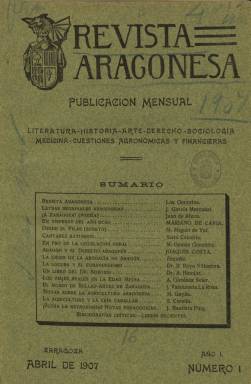
Título: Revista aragonesa
Colección: Revistas de información general || Cultura
Ámbito geográfico: Zaragoza
Lugar de publicación: Zaragoza
Fechas: 01/04/1907-31/05/1908

“Literatura, historia, arte, derecho, sociología, medicina, cuestiones agrarias y financieras” son las indicaciones de los contenidos en la cabecera de esta “publicación mensual”, aunque editará entregas extraordinarias, fundada y dirigida por el periodista y polígrafo zaragozano José García Mercadal (1883-1976), que sacará su primer número en abril de 1907 y en cuyas páginas colaborarán “lo más destacado de la intelectualidad zaragozana” de la época, y contará “con el concurso de los escritores más ilustres de España”. Aspiró a ser el “instrumento divulgador de la vida y cultura regional”, y publicará “con absoluta independencia de criterio, todas cuantas iniciativas, estudios y cuestiones se relacionen con los intereses de Aragón”, según se anunció en sus propias páginas.

Aunque también se ha señalado que el principal objetivo de sus artífices fue preparar un clima favorable a la Exposición Hispano-Francesa que se iba a celebrar en la capital aragonesa, considerada como la empresa comercial más importante de la burguesía zaragozana de los primeros años del siglo veinte, tal como recoge Antonio Peiro (1990). Y, efectivamente, tras publicar una entrega extraordinaria (números 4-7), correspondiente a los meses de julio-octubre de 1907, dedicada al I Centenario de los Sitios de Zaragoza, editará otra especial (números 16-21), correspondiente de julio a diciembre de 1908, dedicada íntegramente a la citada exposición, entrega esta que falta en la colección de la Biblioteca Nacional de España (BNE).

La revista tiene un formato en 4º, con un mínimo de 48 páginas cada entrega, compuestas a una columna, estampadas en la Tipografía de Emilio Casañal y apareciendo en los primeros días de cada mes. Su colección la forman dos tomos, cada uno con foliación seguida y con índices, al final. El primero recoge los nueve primeros números, publicados desde abril a diciembre de 1907, faltando también el noveno en la colección de la BNE. Y el segundo, las entregas de 1908, siendo dobles las de enero-febrero (números 10-11) y abril-mayo (números 13-14).

A partir del extraordinario de julio-octubre de 1907 empezará a insertar también ilustraciones: láminas y grabados intercalados en el texto. Entre las primeras, vistas de monumentos y espacios arqueológicos, así como proyectos de obras y edificios monumentales de ámbito cultural, pedagógico, comercial y universitario, como los destinados a la citada exposición Hispano-Francesa; y entre los segundos, algunos retratos, como el de M. Benllure o A. Querol, así como la planta general del Ensanche de la Huerta de Santa Engracia y el plano general de la ya dicha exposición.

Cuidó mucho sus colaboraciones, y ya en la primera entrega resaltan las colaboraciones de Mariano de Cavia y Joaquín Costa. Su comité de Redacción y las correspondientes secciones a su cargo estaba integrado por el propio García Mercadal (literatura), los profesores universitarios A. Giménez Soler (historia) y Juan Gascón y Marín (ciencias sociales); los doctores R. Royo Villanova (medicina e higiene) y J. Bautista Puig (pedagogía), el ingeniero agrónomo Manuel Gayán (cuestiones agronómicas), el periodista J. Valenzuela La Rosa (arte), el diputado Santiago Corella e Ignacio Bosqued (cuestiones económico-industriales) y Mariano Gómez González (ciencias jurídicas).

El cuadro de colaboradores que publica supera el medio centenar, aglutinando en torno a la revista a “gente vieja y jóvenes”. Entre ellos aparecen miembros de la “plana mayor” del Ateneo de Zaragoza, como Joaquín Gimeno Riera, Eduardo Ibarra Rodríguez, Marcelino Isábal, Juan Moneva y Puyol, Félix Navarro, Rafael Pamplona Escudero o Basilio Paraíso; pero también A. Altolaguirre, Mariano Benlliure, Benito Pérez Galdós y Teodoro Llorente; o Joaquín Gil Bergés, Mariano Miguel del Val, Francisco Ferrer, Tomás Ximénez de Embúm, Francisco Aznar Navarro, José María Matheu o G. Desdevises du Dezert, entre otros.

En la sección de bibliografía o literaria (A través de los libros), a cargo de García Mercadal, principalmente, se escribirá sobre G. Martínez Sierra, Alberto Insúa, Luis Bello, Luis López Ballesteros, Felipe Trigo, Luis Bonafoux, Joaquín Dicenta, Francisco Villaespesa, Carmen de Burgos Seguí, Santiago Rusiñol, Ramón María del Valle Inclán o Miguel de Unamuno, entre otros. También tiene otras secciones de revistas y periódicos, libros recientes y recibidos y varia.

Referencias sobre la prensa zaragozana en la obra Historia de la prensa aragonesa, de Fernández Clemente y Forcadell (1979) y en el Repertorio de publicaciones periódicas elaborado por Hernández Ara y otros (1998). Sobre este título, el capítulo Renacimiento y modernismo en la Revista aragonesa (1907-1908), de la monografía El modernismo literario en Aragón, de la que es autor José Luis Calvo Carilla (1989).